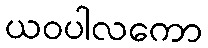
ယဝပါလကော